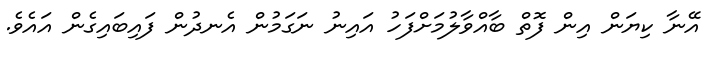
އޭނާ ކިޔަން އިން ފޮތް ބާއްވާލުމަށްފަހު އައިނު ނަގަމުން އެނދުން ފައިބައިގެން އައެވެ.